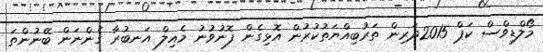
މޯލްޑިވްސް ކަޕް 2015ދަރިން ތަރުބިއްޔަތުކުރުން އޮޅިގެން ފޮނުވުނު މެއިލް އަނބުރާ ގެންނަން ބޭނުންތަ